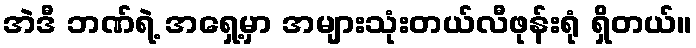
အဲဒီ ဘဏ်ရဲ့ အရှေ့မှာ အများသုံးတယ်လီဖုန်းရုံ ရှိတယ်။